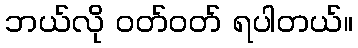
ဘယ်လို ဝတ်ဝတ် ရပါတယ်။